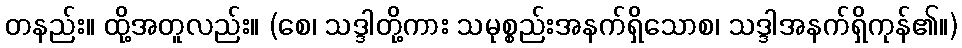
တနည်း။ ထို့အတူလည်း။ (စေ၊ သဒ္ဒါတို့ကား သမုစ္စည်းအနက်ရှိသောစ၊ သဒ္ဒါအနက်ရှိကုန်၏။)